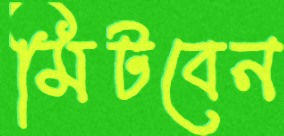
মিটবেন